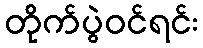
တိုက်ပွဲဝင်ရင်း